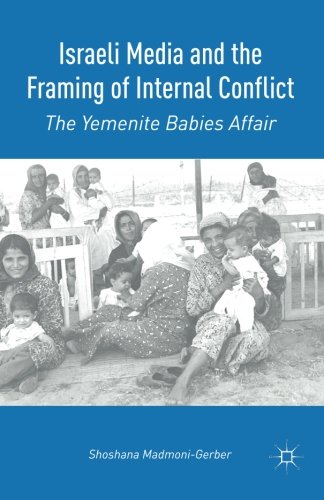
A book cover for Israeli Media and the Framing of Internal Conflict: The Yemenite Babies Affair; Shoshana Madmoni-Gerber; History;